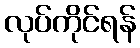
လုပ်ကိုင်ရန်